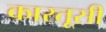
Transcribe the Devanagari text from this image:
कारतूसी